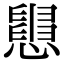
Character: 𢤒